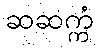
ဆဆက္ကံ